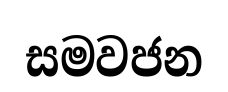
සමවජන